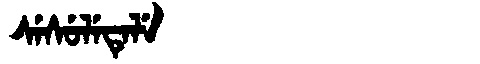
Manchu: ᠰᡝᠰᡠᠯᡝᡨᡝᠯᡝ
Romanization: SESULETELE